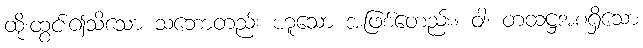
ထိုးထွင်း၍သိသော သဘောတည်း ဟူသော အဖြစ်တေည်း။ ဝါ၊ တထဋ္ဌအစရှိသော